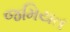
જમિયત